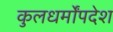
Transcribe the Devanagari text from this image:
कुलधर्मोंपदेश